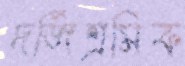
দর্জিশ্রমিক